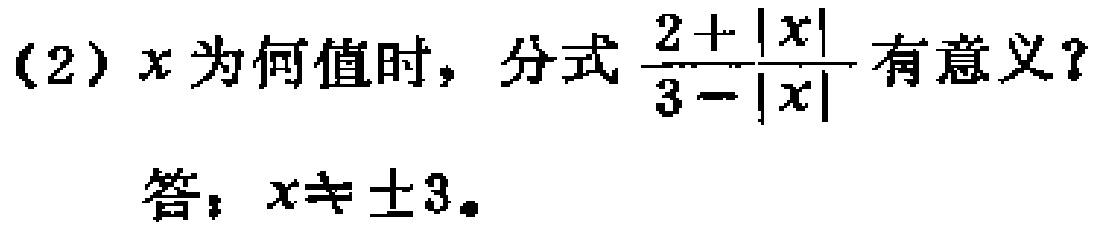
(2) \(x\)为何值时，分式\(\frac{2 + |x|}{3 - |x|}\)有意义？
答：\(x\neq\pm3\)。